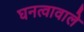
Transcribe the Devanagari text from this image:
घनत्वावाले